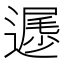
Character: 𲅲